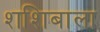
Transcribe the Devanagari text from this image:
शशिबाला